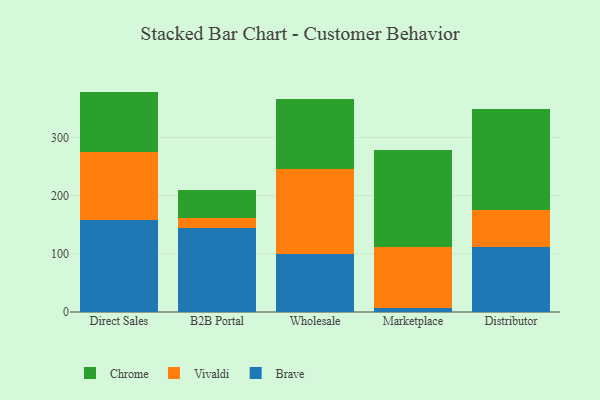
{"axis": {"x": "Channel", "y": "Market Share (%)"}, "legend": ["Brave", "Chrome", "Vivaldi"], "data": [{"x": "Direct Sales", "y": 157.9, "type": "Brave"}, {"x": "Direct Sales", "y": 117.6, "type": "Vivaldi"}, {"x": "Direct Sales", "y": 103.3, "type": "Chrome"}, {"x": "B2B Portal", "y": 143.8, "type": "Brave"}, {"x": "B2B Portal", "y": 17.3, "type": "Vivaldi"}, {"x": "B2B Portal", "y": 47.9, "type": "Chrome"}, {"x": "Wholesale", "y": 99.9, "type": "Brave"}, {"x": "Wholesale", "y": 146.1, "type": "Vivaldi"}, {"x": "Wholesale", "y": 120.5, "type": "Chrome"}, {"x": "Marketplace", "y": 7.5, "type": "Brave"}, {"x": "Marketplace", "y": 105.0, "type": "Vivaldi"}, {"x": "Marketplace", "y": 165.4, "type": "Chrome"}, {"x": "Distributor", "y": 112.0, "type": "Brave"}, {"x": "Distributor", "y": 63.5, "type": "Vivaldi"}, {"x": "Distributor", "y": 173.1, "type": "Chrome"}]}